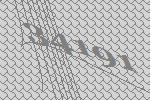
34191